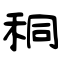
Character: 秱